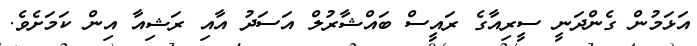
އަޅަމުން ގެންދަނީ ސީރިއާގެ ރައީސް ބައްޝާރުލް އަސަދު އާއި ރަޝިއާ އިން ކަމަށެވެ.